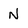
Character: N